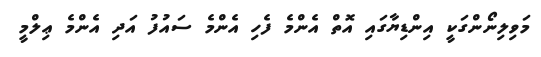
މަވިލިނޯންގަކީ އިންޑިޔާގައި އޮތް އެންމެ ފެހި އެންމެ ސައުފު އަދި އެންމެ ޢިލްމީ